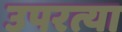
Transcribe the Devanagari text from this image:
उपरत्या